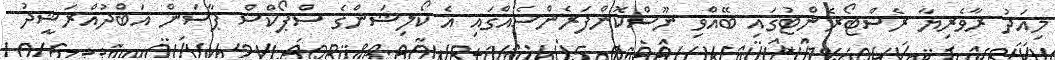
މިއަދު ރާވެރިޔާ ރެސްޓޯރެންޓުގައި ބޭއްވި ނޫސްކޮންފަރެންސެއްގައި އެ ކޯލިޝަންގެ ސްޕޯކްސް ޕާސަން އަބްދުއްރަޝީދު